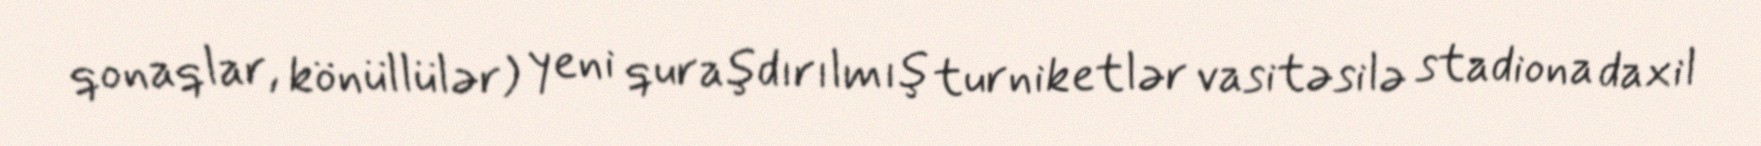
qonaqlar, könüllülər) yeni quraşdırılmış turniketlər vasitəsilə stadiona daxil